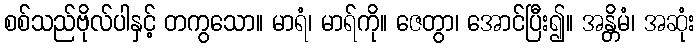
စစ်သည်ဗိုလ်ပါနှင့် တကွသော။ မာရံ၊ မာရ်ကို။ ဇေတွာ၊ အောင်ပြီး၍။ အန္တိမံ၊ အဆုံး